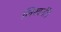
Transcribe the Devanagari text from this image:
लिखतीं।